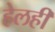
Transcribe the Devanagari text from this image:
हेलही